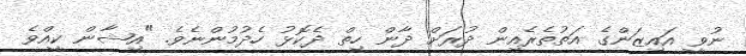
ނުވީ އައިޒަންގެ އަތުތެރެއިން ދުރަށް ދާން ހިތް ދެކޮޅު ހެދުމުންނެވެ. "އިޝާން ކީއްވެ